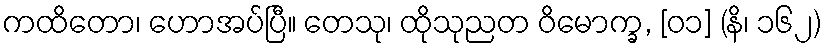
ကထိတော၊ ဟောအပ်ပြီ။ တေသု၊ ထိုသုညတ ဝိမောက္ခ, [၀၁] (နိ၊ ၁၆၂)